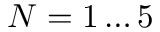
N = 1 \dots 5